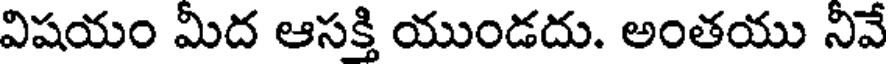
విషయం మీద ఆసక్తి యుండదు. అంతయు నీవే